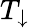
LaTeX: T_{\downarrow}